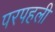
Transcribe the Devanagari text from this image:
परपहली